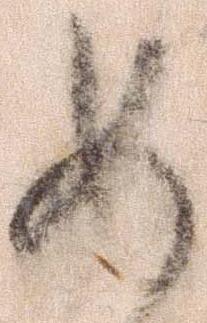
め